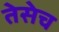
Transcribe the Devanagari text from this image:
तेसेच